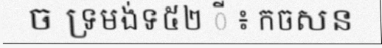
ច ទ្រមង់ទ៥២ ី ៖ កចសន